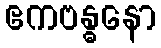
ဧကဗန္ဓနော